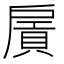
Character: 𢩛